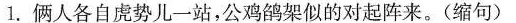
1.俩人各自虎势儿一站，公鸡鸽架似的对起阵来。(缩句)